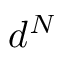
d ^ { N }